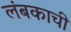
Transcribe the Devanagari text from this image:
लंबकाची